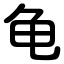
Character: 龟